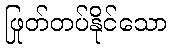
ဖြုတ်တပ်နိုင်သော